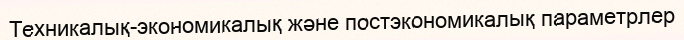
Техникалық-экономикалық және постэкономикалық параметрлер